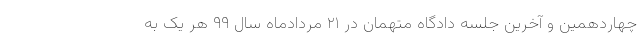
چهاردهمین و آخرین جلسه دادگاه متهمان در ۲۱ مردادماه سال ۹۹ هر یک به